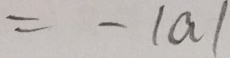
= - \vert a \vert